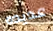
عديده